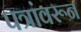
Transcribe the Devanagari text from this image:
पत्रांवरून